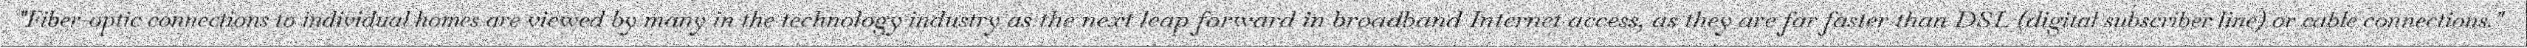
"Fiber-optic connections to individual homes are viewed by many in the technology industry as the next leap forward in broadband Internet access, as they are far faster than DSL (digital subscriber line) or cable connections."